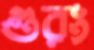
গুরং